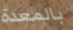
بالمعدة